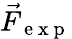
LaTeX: \vec{F}_{\mathrm{~e~x~p~}}